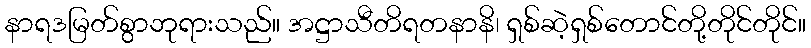
နာရဒမြတ်စွာဘုရားသည်။ အဋ္ဌာသီတိရတနာနိ၊ ရှစ်ဆဲ့ရှစ်တောင်တို့တိုင်တိုင်။